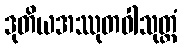
ဒုတိယအဿုတဝါသုတ္တံ